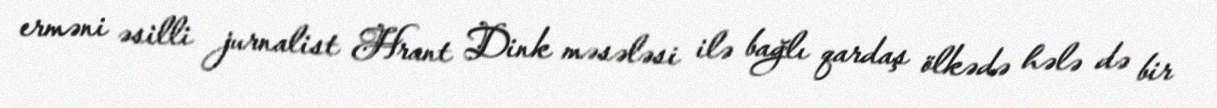
erməni əsilli jurnalist Hrant Dink məsələsi ilə bağlı qardaş ölkədə hələ də bir